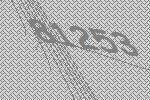
81253